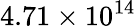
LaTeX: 4.71\times 10^{14}